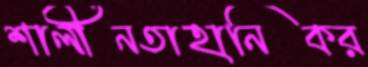
শালীনতাহানিকর